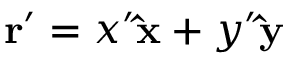
\mathbf { r } ^ { \prime } = x ^ { \prime } \mathbf { \hat { x } } + y ^ { \prime } \mathbf { \hat { y } }